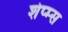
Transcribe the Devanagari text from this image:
शेप्म्स